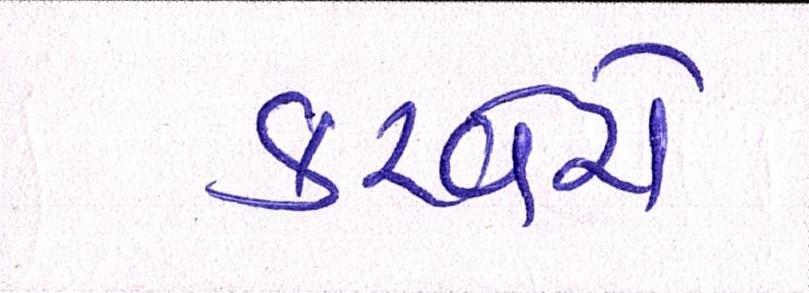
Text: કરવેરો